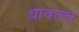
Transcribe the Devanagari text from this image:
धावतच